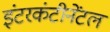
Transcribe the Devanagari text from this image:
इंटरकंटीनेंटल